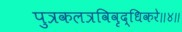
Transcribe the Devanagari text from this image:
पुत्रकलत्रविवृद्धिकरे॥४॥